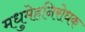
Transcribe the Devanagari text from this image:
मधुमेहनिरोधक